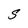
Character: S